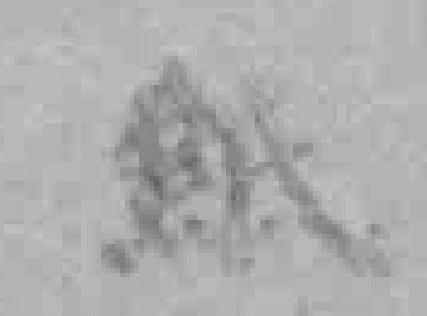
紙